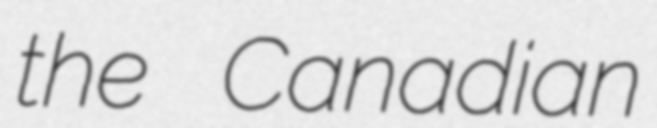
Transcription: the Canadian